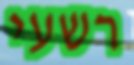
רשעי